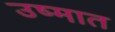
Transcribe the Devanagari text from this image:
उष्मात